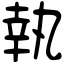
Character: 執